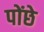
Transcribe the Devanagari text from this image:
पोंछे